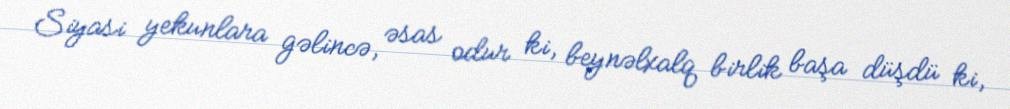
Siyasi yekunlara gəlincə, əsas odur ki, beynəlxalq birlik başa düşdü ki,